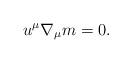
LaTeX: \begin{align*} u^\mu\nabla_\mu m=0.\end{align*}